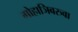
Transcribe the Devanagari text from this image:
गोहाञिबरुवा